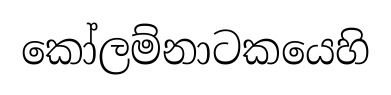
කෝලම්නාටකයෙහි